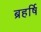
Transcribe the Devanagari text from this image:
ब्रहर्षि